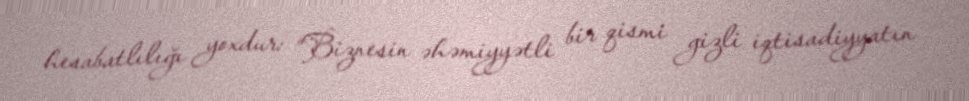
hesabatlılığı yoxdur: “Biznesin əhəmiyyətli bir qismi gizli iqtisadiyyatın